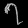
Digit: ၇